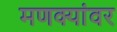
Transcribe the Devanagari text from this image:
मणक्यांवर